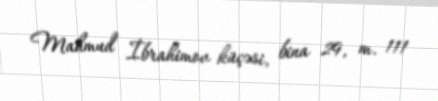
Mahmud İbrahimov küçəsi, bina 29, m. 111